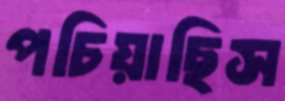
পচিয়াছিস